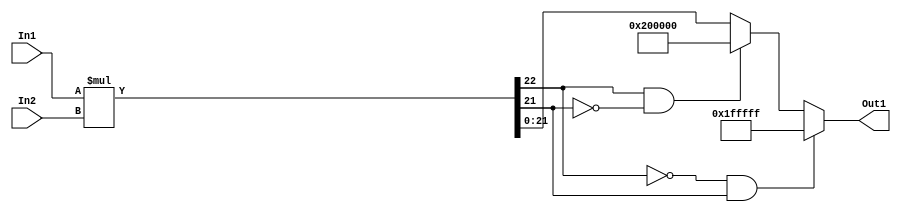
// -------------------------------------------------------------
// 
// 
// Generated by MATLAB 9.14 and HDL Coder 4.1
// 
// -------------------------------------------------------------


// -------------------------------------------------------------
// 
// Module: multb0_2
// Source Path: FP_sub/fp model/FIR_section_1/multb0_2
// Hierarchy Level: 2
// 
// -------------------------------------------------------------

`timescale 1 ns / 1 ns

module multb0_2
          (In2,
           In1,
           Out1);


  input   signed [11:0] In2;  // sfix12_En11
  input   signed [10:0] In1;  // sfix11_En3
  output  signed [21:0] Out1;  // sfix22_En14


  wire signed [22:0] multb0_mul_temp;  // sfix23_En14
  wire signed [21:0] multb0_out1;  // sfix22_En14


  assign multb0_mul_temp = In1 * In2;
  assign multb0_out1 = ((multb0_mul_temp[22] == 1'b0) && (multb0_mul_temp[21] != 1'b0) ? 22'sb0111111111111111111111 :
              ((multb0_mul_temp[22] == 1'b1) && (multb0_mul_temp[21] != 1'b1) ? 22'sb1000000000000000000000 :
              $signed(multb0_mul_temp[21:0])));



  assign Out1 = multb0_out1;

endmodule  // multb0_2